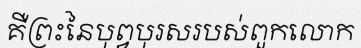
គឺព្រះនៃបុព្វបុរសរបស់ពួកលោក